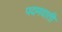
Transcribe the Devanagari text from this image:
पदमवाती